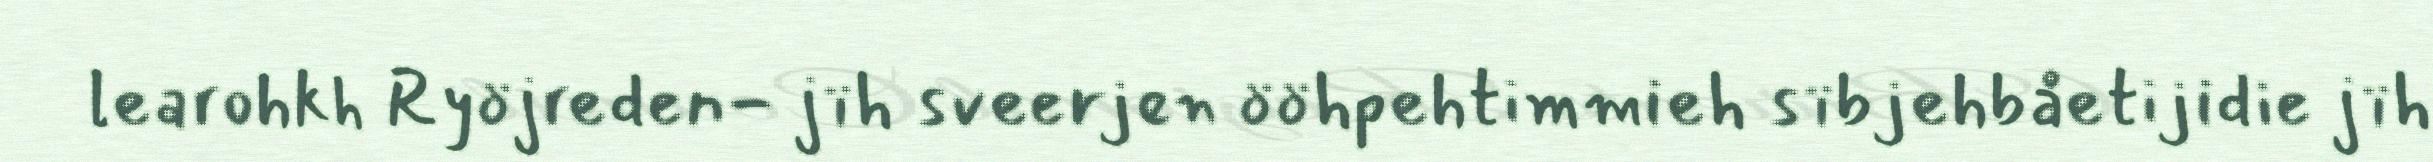
learohkh Ryöjreden- jïh sveerjen ööhpehtimmieh sïbjehbåetijidie jïh